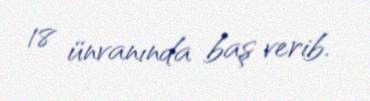
18 ünvanında baş verib.